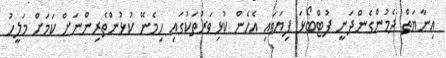
އިނާޔަތް ދެމުންގެންދަނީ ފުޓްބޯޅަ ފިޔަވައި އެހެން ކުޅިވަރުތަކުގައި ހިމެނޭ ކުޅުންތެރިންނަށް ކަމަށް މަލީހު